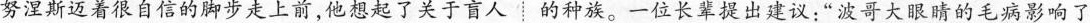
努涅斯迈着很自信的脚步走上前，他想起了关于盲人的种族。一位长辈提出建议：”波哥大眼睛的毛病影响了